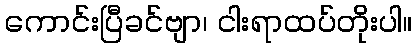
ကောင်းပြီခင်ဗျာ၊ ငါးရာထပ်တိုးပါ။